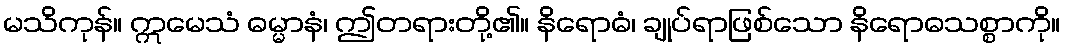
မသိကုန်။ ဣမေသံ ဓမ္မာနံ၊ ဤတရားတို့၏။ နိရောဓံ၊ ချုပ်ရာဖြစ်သော နိရောဓသစ္စာကို။